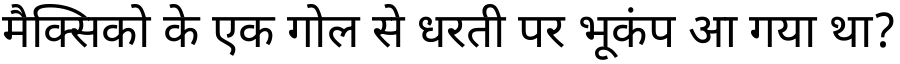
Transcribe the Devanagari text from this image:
मैक्सिको के एक गोल से धरती पर भूकंप आ गया था?